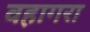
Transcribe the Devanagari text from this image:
वहागरा